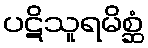
ပဋိသူရမိစ္ဆံ